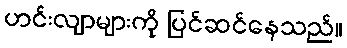
ဟင်းလျာများကို ပြင်ဆင်နေသည်။